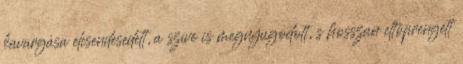
kavargása elcsendesedett, a szíve is megnyugodott, s hosszan eltöprengett